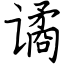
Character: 谲